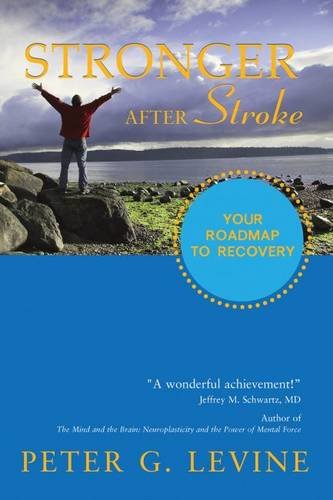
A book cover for Stronger After Stroke; Peter Levine; Health, Fitness & Dieting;